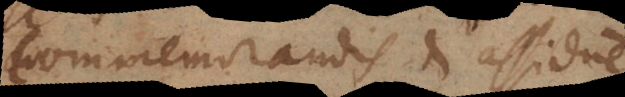
commemorandis et assidue